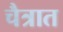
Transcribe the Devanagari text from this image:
चैत्रात